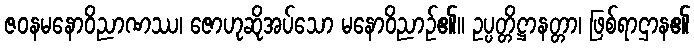
ဇဝနမနောဝိညာဏဿ၊ ဇောဟုဆိုအပ်သော မနောဝိညာဉ်၏။ ဥပ္ပတ္တိဋ္ဌာနတ္တာ၊ ဖြစ်ရာဌာန၏